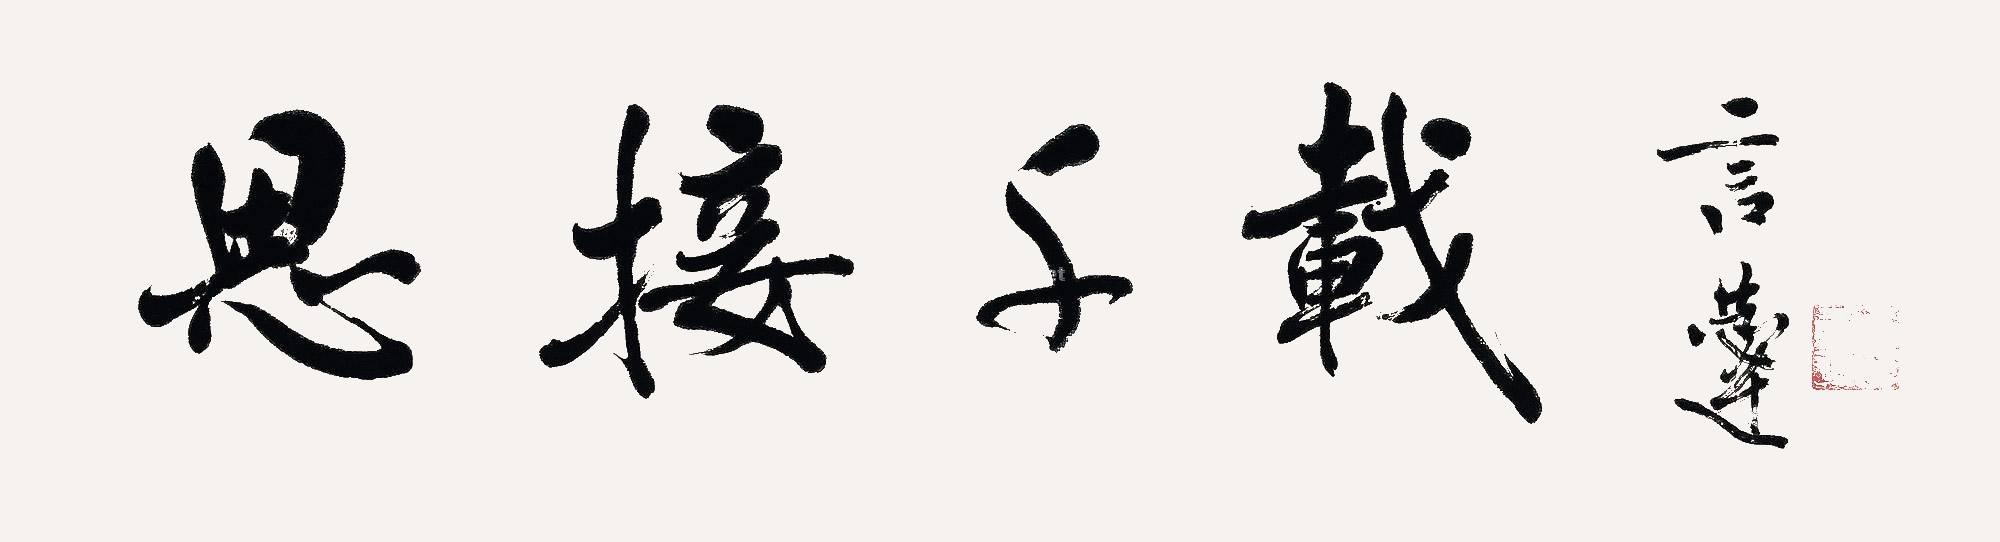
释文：思接千载言恭达